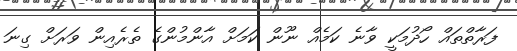
ފަރާތްތައް ހޯދުމަކީ ވާނެ ކަމެއް ނޫން ކަމަށް އާންމުންގެ ތެރެއިން ވަރަށް ގިނަ